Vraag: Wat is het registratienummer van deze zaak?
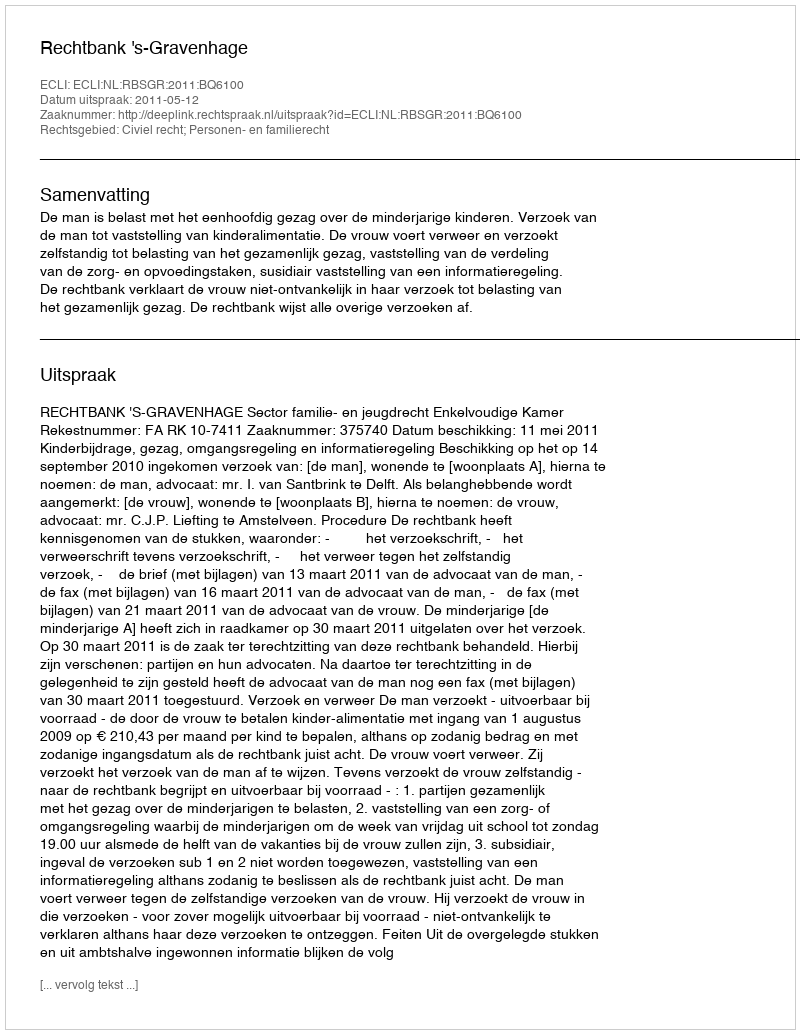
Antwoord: http://deeplink.rechtspraak.nl/uitspraak?id=ECLI:NL:RBSGR:2011:BQ6100